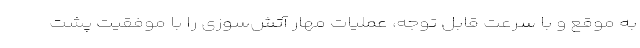
به موقع و با سرعت قابل توجه، عملیات مهار آتش‌سوزی را با موفقیت پشت